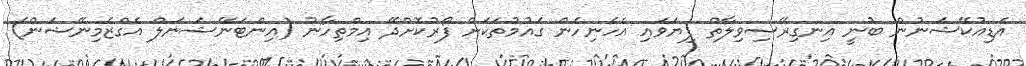
އެޑިއުކޭޝަނުން ބުނީ އިނގިރޭސިވިލާތް ފިޔަވައި އެހެނިހެން ގައުމުތަކަށް ފޯރުކޮށްދޭ އިމްތިހާނު (އިންޓަނޭޝަނަލް އެގްޒެމިނޭޝަން)